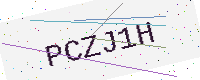
Text: PCZJ1H